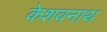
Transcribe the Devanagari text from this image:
केशवनाथ